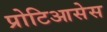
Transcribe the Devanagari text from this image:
प्रोटिआसेस